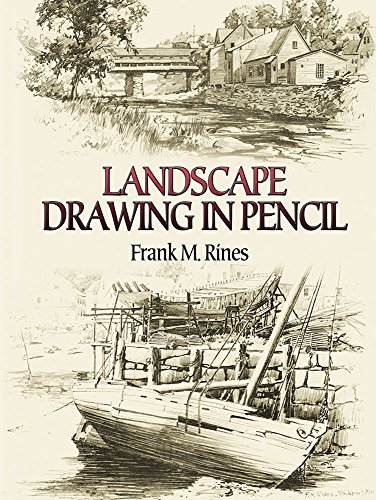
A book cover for Landscape Drawing in Pencil (Dover Art Instruction); Frank M. Rines; Arts & Photography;